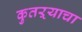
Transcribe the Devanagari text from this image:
कुतऱ्याचा